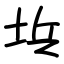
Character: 㙃